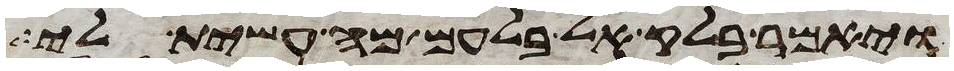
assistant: ויאמר בלק אל בלעם מה עשית לי